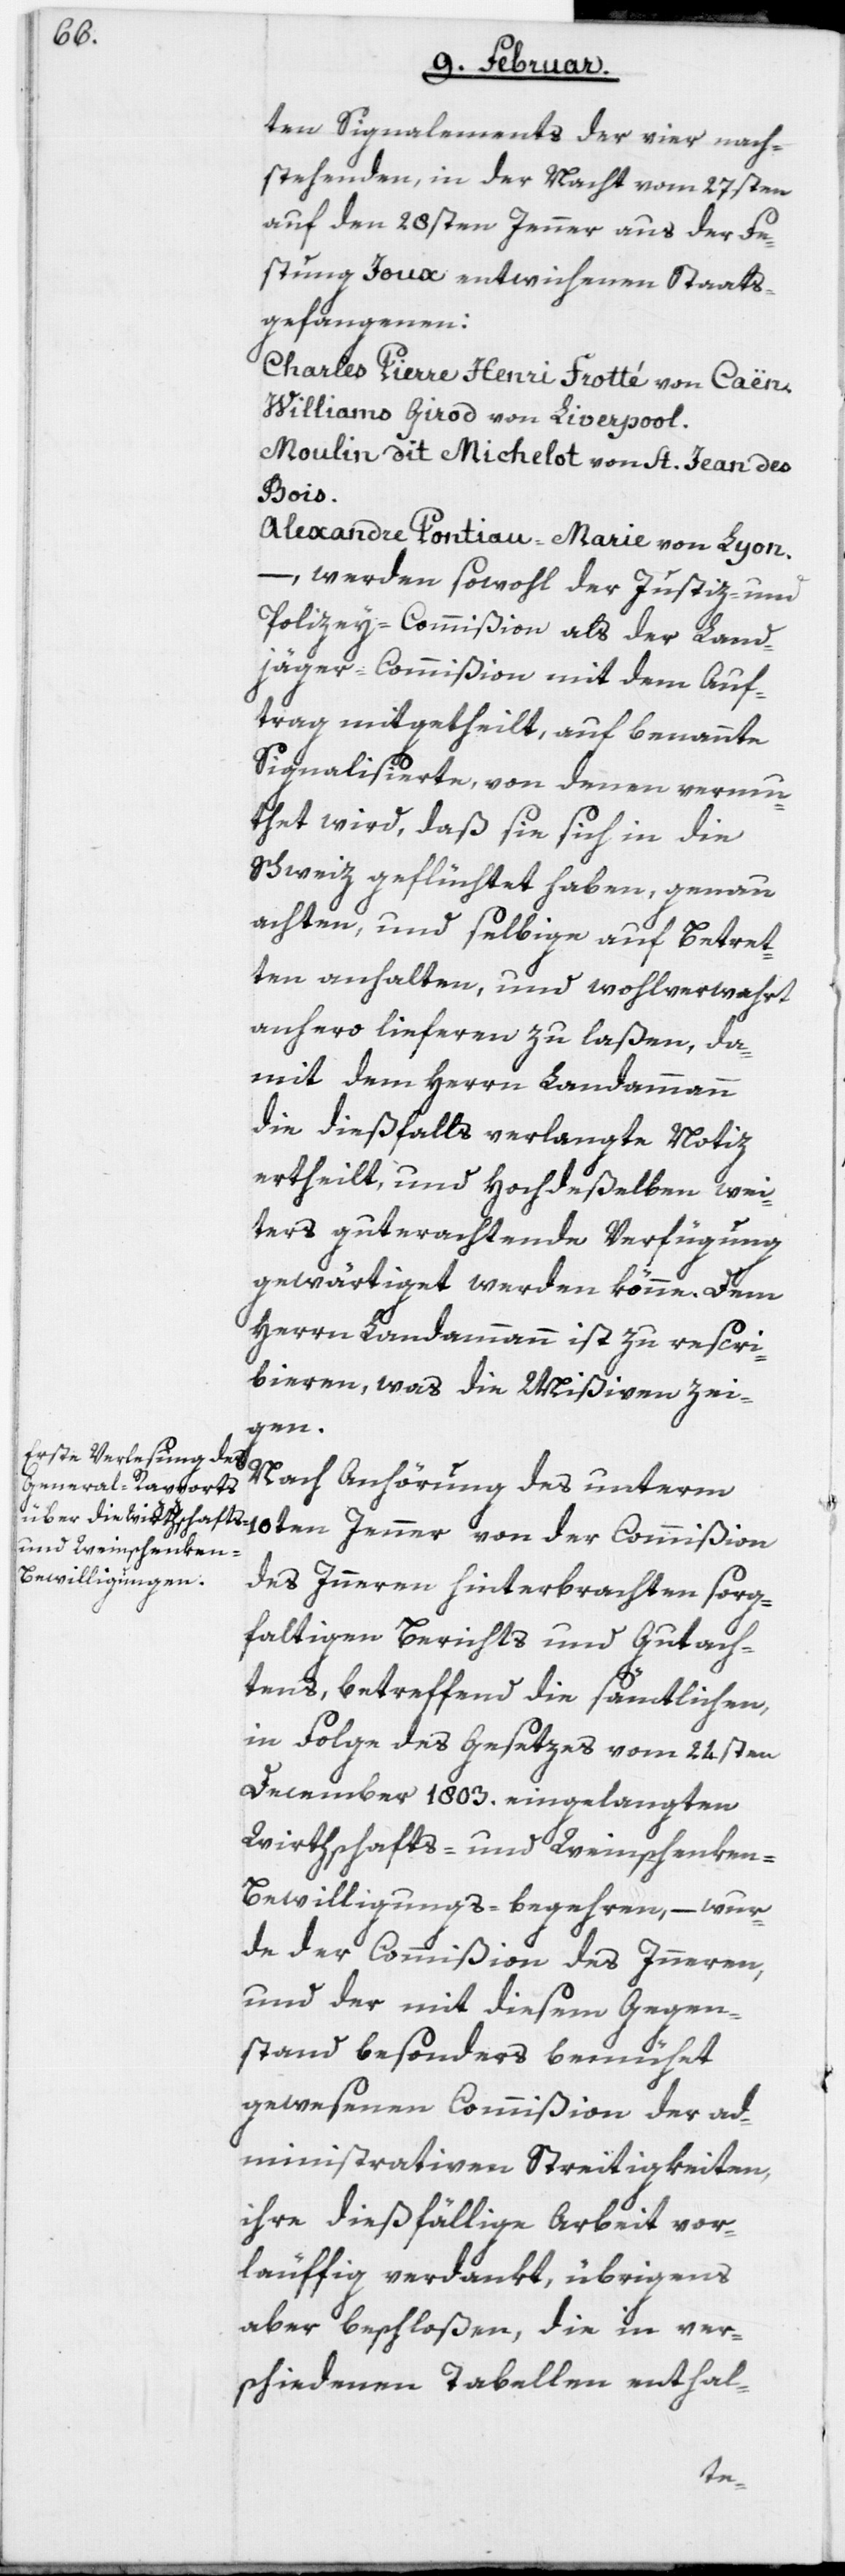
ten Signalements der vier nach¬
stehenden, in der Nacht vom 27sten
auf den 28sten Jenner aus der Fe¬
stung Joux entwichenen Staats¬
gefangenen:
Charles Pierre Henri Frotté von Caën.
Williams Girod von Liverpool.
Moulin dit Michelot von St. Jean des
Bois.
Alexandre Pontiau-Marie von Lyon.
–, werden sowohl der Justiz- und
Polizey-Commißion als der Land¬
jägercommißion mit dem Auf¬
trag mitgetheilt, auf benannte
Signalisierte, von denen vermu¬
thet wird, daß sie sich in die
Schweiz geflüchtet haben, genau
achten, und selbige auf Betret¬
ten anhalten, und wohlverwahrt
anhero lieferen zu laßen, da¬
mit dem Herrn Landammann
die dießfalls verlangte Notiz
ertheilt, und Hochdeßelben wei¬
ters guterachtende Verfügung
gewärtiget werden könne. Dem
Herrn Landammann ist zu rescri¬
bieren, was die Mißiven zei¬
gen.
Nach Anhörung des unterm
des Inneren hinterbrachten sorg¬
faltigen Berichts und Gutach¬
tens, betreffend die sämtlichen,
in Folge des Gesetzes vom 24sten
December 1803. eingelangten
Wirthschafts- und Weinschenke¬
n-Bewilligungs-begehren, – wur¬
de der Commißion des Inneren,
und der mit diesem Gegen¬
stand besonders bemühet
gewesenen Commißion der ad¬
ministrativen Streitigkeiten,
ihre dießfällige Arbeit vor¬
läuffig verdankt, übrigens
aber beschloßen, die in ver¬
schiedenen Tabellen enthal-